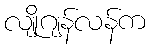
လျိုဂျန်လန်က